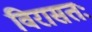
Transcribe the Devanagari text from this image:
विरासतः